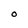
Character: O